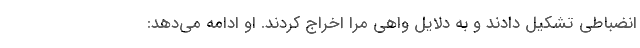
انضباطی تشکیل دادند و به دلایل واهی مرا اخراج کردند. او ادامه می‌دهد: